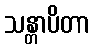
သန္တာပိတာ